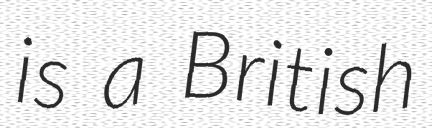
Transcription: is a British